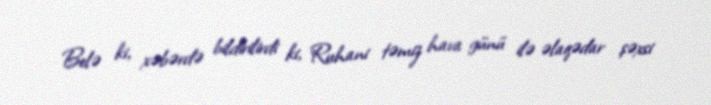
Belə ki, xəbərdə bildirilirdi ki, Ruhani təmiz hava günü ilə əlaqədar şəxsi